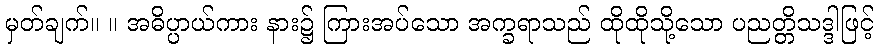
မှတ်ချက်။ ။ အဓိပ္ပာယ်ကား နား၌ ကြားအပ်သော အက္ခရာသည် ထိုထိုသို့သော ပညတ္တိသဒ္ဒါဖြင့်